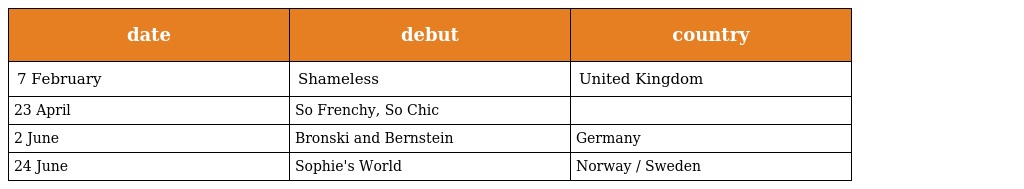
| date | debut | country |
 | --- | --- | --- |
 | 7 February | Shameless | United Kingdom |
 | 23 April | So Frenchy, So Chic |  |
 | 2 June | Bronski and Bernstein | Germany |
 | 24 June | Sophie's World | Norway / Sweden |